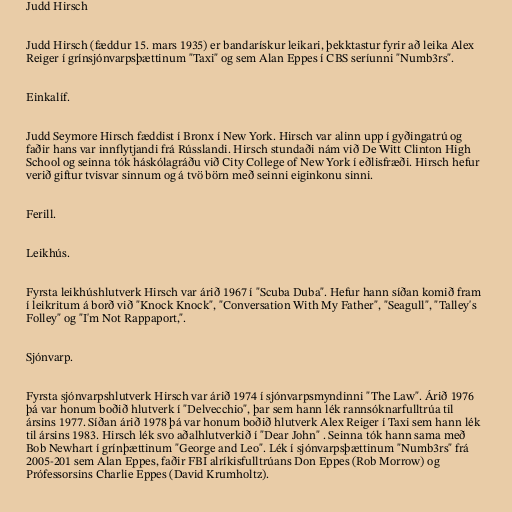
Judd Hirsch

Judd Hirsch (fæddur 15. mars 1935) er bandarískur leikari, þekktastur fyrir að leika Alex
Reiger í grínsjónvarpsþættinum "Taxi" og sem Alan Eppes í CBS seríunni "Numb3rs".

Einkalíf.

Judd Seymore Hirsch fæddist í Bronx í New York. Hirsch var alinn upp í gyðingatrú og
faðir hans var innflytjandi frá Rússlandi. Hirsch stundaði nám við De Witt Clinton High
School og seinna tók háskólagráðu við City College of New York í eðlisfræði. Hirsch hefur
verið giftur tvisvar sinnum og á tvö börn með seinni eiginkonu sinni.

Ferill.

Leikhús.

Fyrsta leikhúshlutverk Hirsch var árið 1967 í "Scuba Duba". Hefur hann síðan komið fram
í leikritum á borð við "Knock Knock", "Conversation With My Father", "Seagull", "Talley's
Folley" og "I'm Not Rappaport,".

Sjónvarp.

Fyrsta sjónvarpshlutverk Hirsch var árið 1974 í sjónvarpsmyndinni "The Law". Árið 1976
þá var honum boðið hlutverk í "Delvecchio", þar sem hann lék rannsóknarfulltrúa til
ársins 1977. Síðan árið 1978 þá var honum boðið hlutverk Alex Reiger í Taxi sem hann lék
til ársins 1983. Hirsch lék svo aðalhlutverkið í "Dear John" . Seinna tók hann sama með
Bob Newhart í grínþættinum "George and Leo". Lék í sjónvarpsþættinum "Numb3rs" frá
2005-201 sem Alan Eppes, faðir FBI alríkisfulltrúans Don Eppes (Rob Morrow) og
Prófessorsins Charlie Eppes (David Krumholtz).